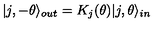
| j , - \theta \rangle _ { o u t } = K _ { j } ( \theta ) | j , \theta \rangle _ { i n }